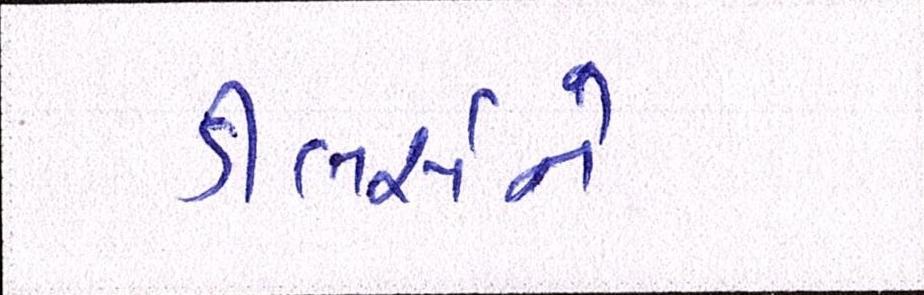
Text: ડીલર્સને